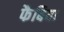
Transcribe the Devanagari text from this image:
फैबिया